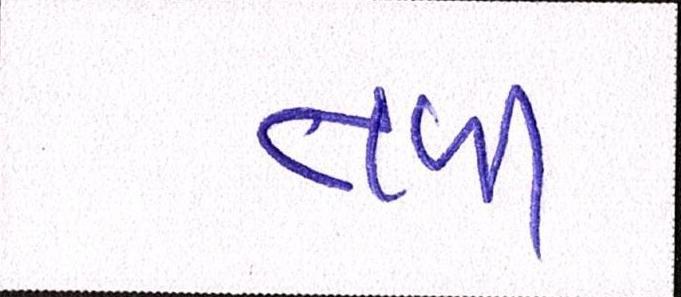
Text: તળી